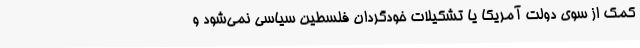
کمک از سوی دولت آمریکا یا تشکیلات خودگردان فلسطین سیاسی نمی‌شود و